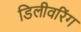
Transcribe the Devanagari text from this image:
डिलीवरिंग